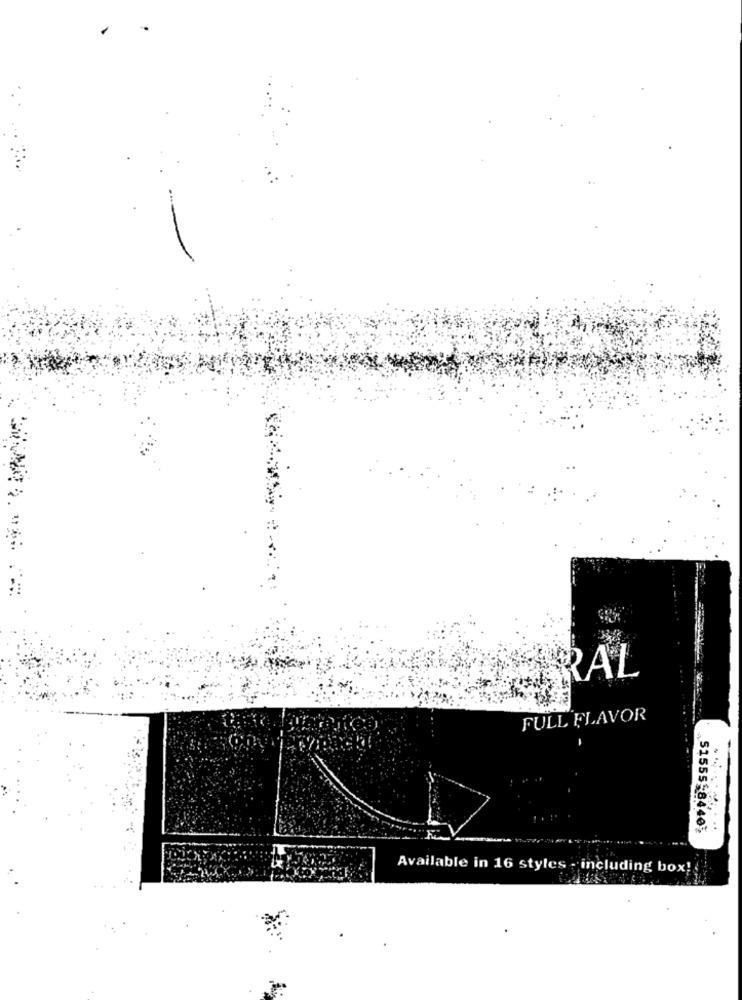
RAL
FULL FLAVOR
51555-8440
Available in 16 styles - including box!